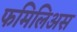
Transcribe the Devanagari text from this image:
फमिलिअस